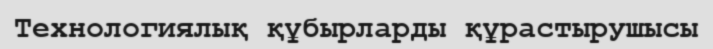
Технологиялық құбырларды құрастырушысы